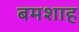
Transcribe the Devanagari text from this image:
बमशाह